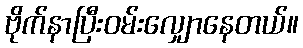
ဗိုက်နာပြီးဝမ်းလျှောနေတယ်။